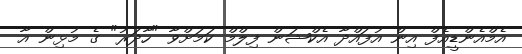
އެމްއެންޑީއެފް އިން އުފައްދާ އެކްޝަން ފިލްމް ކަމަށްވާ "ހާދަރު" ގެ މުޅިން އާ